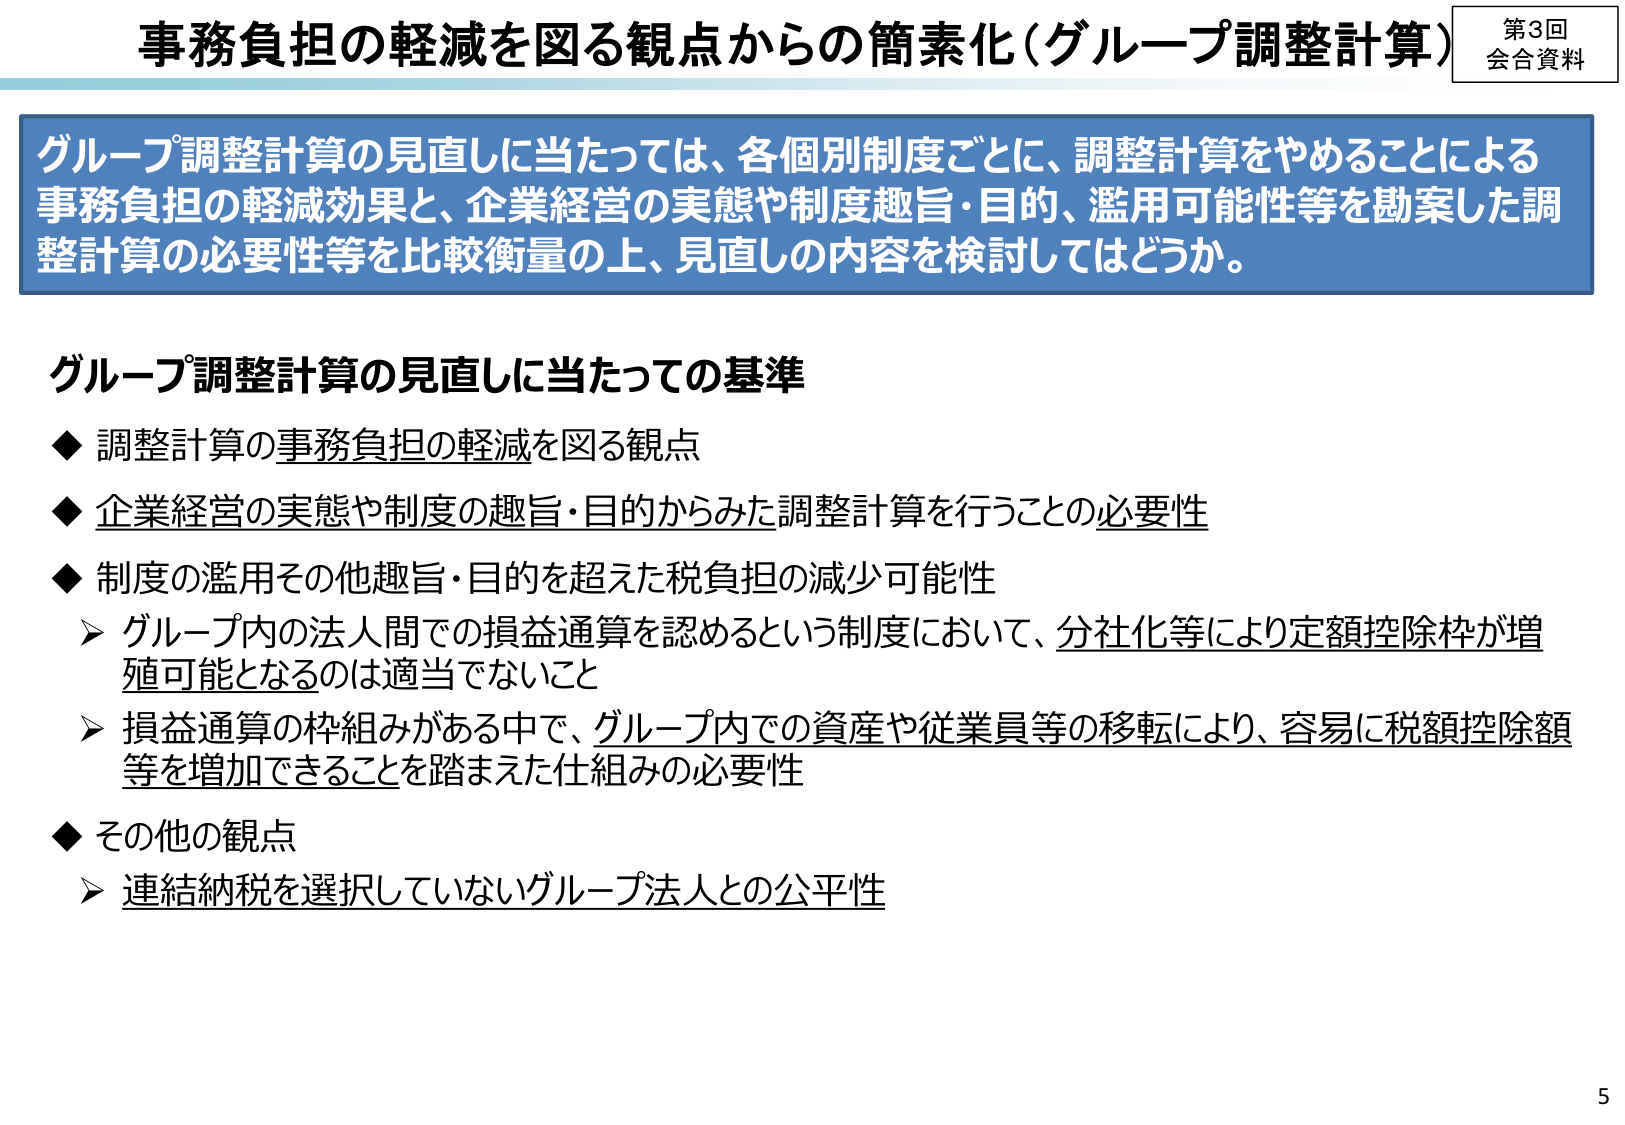
事務負担の軽減を図る観点からの簡素化（グループ調整計算）

第3回
会合資料

グループ調整計算の見直しに当たっては、各個別制度ごとに、調整計算をやめることによる
事務負担の軽減効果と、企業経営の実態や制度趣旨・目的、濫用可能性等を勘案した調整計算の必要性等を比較衡量の上、見直しの内容を検討してはどうか。

グループ調整計算の見直しに当たっての基準

◆ 調整計算の事務負担の軽減を図る観点
◆ 企業経営の実態や制度の趣旨・目的からみた調整計算を行うことの必要性
◆ 制度の濫用その他趣旨・目的を超えた税負担の減少可能性
　➤ グループ内の法人間での損益通算を認めるという制度において、分社化等により定額控除枠が増殖可能となるのは適当でないこと
　➤ 損益通算の枠組みがある中で、グループ内での資産や従業員等の移転により、容易に税額控除額等を増加できることを踏まえた仕組みの必要性
◆ その他の観点
　➤ 連結納税を選択していないグループ法人との公平性

5